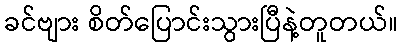
ခင်ဗျား စိတ်ပြောင်းသွားပြီနဲ့တူတယ်။